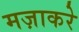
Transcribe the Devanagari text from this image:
मज़ाकरे